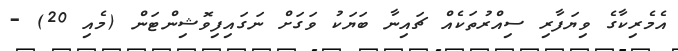
އެމެރިކާގެ ވިޔަފާރި ސިއްރުތަކެއް ޗައިނާ ބަޔަކު ވަގަށް ނަގައިފިވޮޝިންޓަން (މެއި 20) -